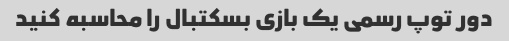
دور توپ رسمی یک بازی بسکتبال را محاسبه کنید